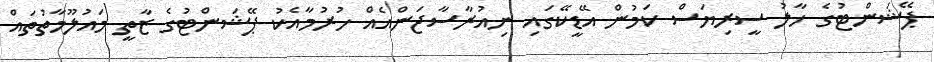
ޕޭޝަންޓުގެ ހާލު ސީރިޔަސް ކަމުން އޭޑީކޭގައި ނިއުރާސާޖަންއެއް ހުރުމާއެކު ޕޭޝަންޓުގެ ޒާތީ މައުލޫމާތުތައް